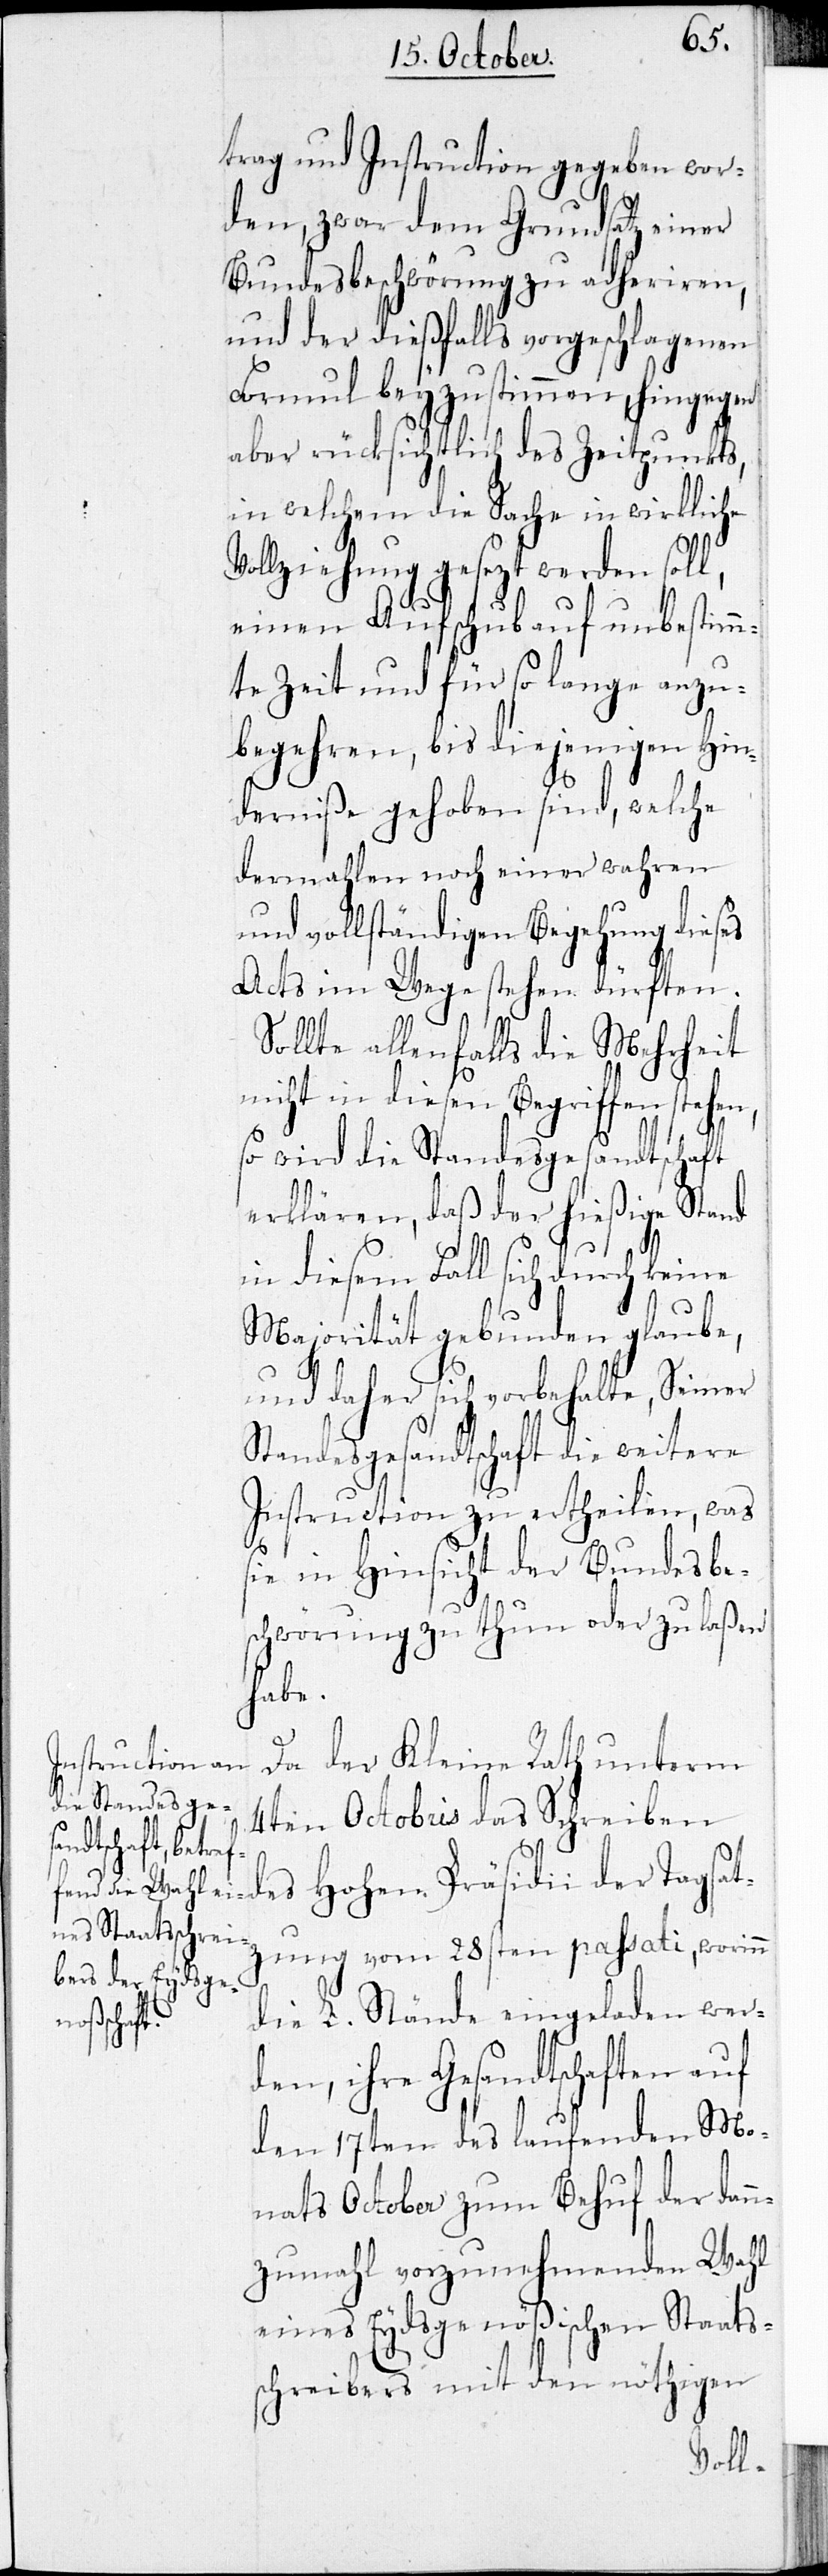
trag und Instruction gegeben wor¬
den, zwar dem Grundsatz einer
Bundesbeschwörung zu adheriren,
und der dießfalls vorgeschlagenen
Formul beyzustimmen, hingegen
aber rücksichtlich des Zeitpunkts
in welchem die Sache in wirkliche
Vollziehung gesezt werden soll,
einen Aufschub auf unbestimm¬
te Zeit und für so lange anzu¬
begehren, bis diejenigen Hin¬
derniße gehoben sind, welche
dermahlen noch einer wahren
und vollständigen Begehung dieses
Acts im Wege stehen dürften.
Sollte allenfalls die Mehrheit
nicht in diesen Begriffen stehen,
so wird die Standesgesandtschaft
erklären, daß der hießige Stand
in diesem Fall sich durch keine
Majorität gebunden glaube,
und daher sich vorbehalte, Seiner
Standesgesandtschaft die weitere
Instruction zu ertheilen, was
sie in Hinsicht der Bundesbes¬
chwörung zu thun oder zu laßen
habe.
Da der Kleine Rath unterm
4ten Octobris das Schreiben
des Hohen Präsidii der Tagsatz¬
ung vom 28sten passati, worinn
die L. Stände eingeladen wer¬
den, ihre Gesandtschaften auf
den 17ten des laufenden Mo¬
nats October zum Behuf der dan¬
nzumahl vorzunehmenden Wahl
eines Eydsgenößischen Staats¬
schreibers mit den nöthigen